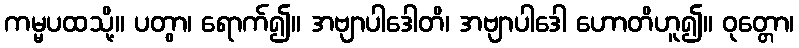
ကမ္မပထသို့။ ပတွာ၊ ရောက်၍။ အဗျာပါဒေါတိ၊ အဗျာပါဒေါ ဟောတိဟူ၍။ ဝုတ္တော၊